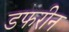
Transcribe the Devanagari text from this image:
डफरीन